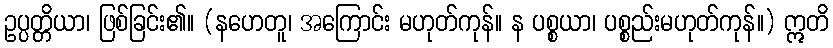
ဥပ္ပတ္တိယာ၊ ဖြစ်ခြင်း၏။ (နဟေတူ၊ အကြောင်း မဟုတ်ကုန်။ န ပစ္စယာ၊ ပစ္စည်းမဟုတ်ကုန်။) ဣတိ